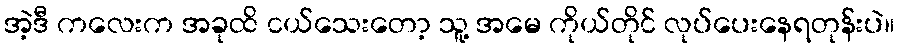
အဲ့ဒီ ကလေးက အခုထိ ငယ်သေးတော့ သူ့ အမေ ကိုယ်တိုင် လုပ်ပေးနေရတုန်းပဲ။